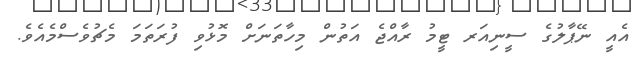
އެއީ ނޭޕާލުގެ ސީނިއަރ ޓީމު ރާއްޖެ އަތުން މިހާތަނަށް މޮޅުވި ފުރަތަމަ މެޗުވެސްމެއެވެ.